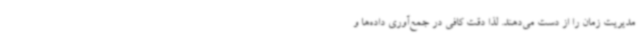
مدیریت زمان را از دست می‌دهند. لذا دقت کافی در جمع‌آوری داده‌ها و